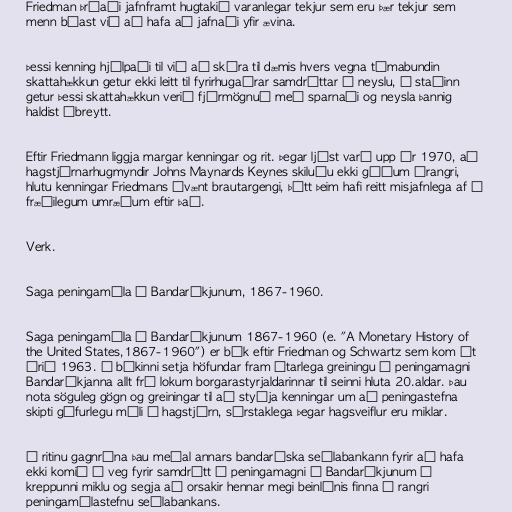
Friedman þróaði jafnframt hugtakið varanlegar tekjur sem eru þær tekjur sem
menn búast við að hafa að jafnaði yfir ævina.

Þessi kenning hjálpaði til við að skýra til dæmis hvers vegna tímabundin
skattahækkun getur ekki leitt til fyrirhugaðrar samdráttar í neyslu, í staðinn
getur þessi skattahækkun verið fjármögnuð með sparnaði og neysla þannig
haldist óbreytt.

Eftir Friedmann liggja margar kenningar og rit. Þegar ljóst varð upp úr 1970, að
hagstjórnarhugmyndir Johns Maynards Keynes skiluðu ekki góðum árangri,
hlutu kenningar Friedmans óvænt brautargengi, þótt þeim hafi reitt misjafnlega af í
fræðilegum umræðum eftir það.

Verk.

Saga peningamála í Bandaríkjunum, 1867-1960.

Saga peningamála í Bandaríkjunum 1867-1960 (e. "A Monetary History of
the United States,1867-1960") er bók eftir Friedman og Schwartz sem kom út
árið 1963. Í bókinni setja höfundar fram ítarlega greiningu á peningamagni
Bandaríkjanna allt frá lokum borgarastyrjaldarinnar til seinni hluta 20.aldar. Þau
nota söguleg gögn og greiningar til að styðja kenningar um að peningastefna
skipti gífurlegu máli í hagstjórn, sérstaklega þegar hagsveiflur eru miklar.

Í ritinu gagnrýna þau meðal annars bandaríska seðlabankann fyrir að hafa
ekki komið í veg fyrir samdrátt í peningamagni í Bandaríkjunum í
kreppunni miklu og segja að orsakir hennar megi beinlínis finna í rangri
peningamálastefnu seðlabankans.